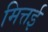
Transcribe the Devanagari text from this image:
मित्तई